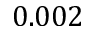
0 . 0 0 2